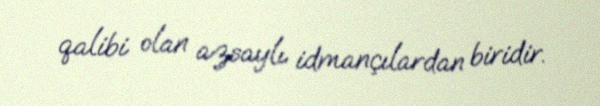
qalibi olan azsaylı idmançılardan biridir.